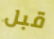
قبل